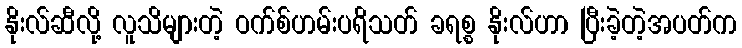
နိုးလ်ဆီလို့ လူသိများတဲ့ ဝက်စ်ဟမ်းပရိသတ် ခရစ္စ နိုးလ်ဟာ ပြီးခဲ့တဲ့အပတ်က